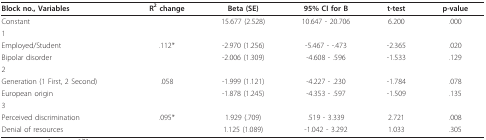
| Block no., Variables | R2 change | Beta (SE) | 95% CI for B | t-test | p-value |
 | --- | --- | --- | --- | --- | --- |
 | Constant |  | 15.677 (2.528) | 10.647 - 20.706 | 6.200 | .000 |
 | 1 |  |  |  |  |  |
 | Employed/Student | .112* | -2.970 (1.256) | -5.467 - -.473 | -2.365 | .020 |
 | Bipolar disorder |  | -2.006 (1.309) | -4.608 - .596 | -1.533 | .129 |
 | 2 |  |  |  |  |  |
 | Generation (1 First, 2 Second) | .058 | -1.999 (1.121) | -4.227 - .230 | -1.784 | .078 |
 | European origin |  | -1.878 (1.245) | -4.353 - .597 | -1.509 | .135 |
 | 3 |  |  |  |  |  |
 | Perceived discrimination | .095* | 1.929 (.709) | .519 - 3.339 | 2.721 | .008 |
 | Denial of resources |  | 1.125 (1.089) | -1.042 - 3.292 | 1.033 | .305 |